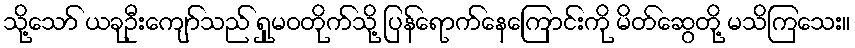
သို့သော် ယခုဦးကျော်သည် ရှုမဝတိုက်သို့ ပြန်ရောက်နေကြောင်းကို မိတ်ဆွေတို့ မသိကြသေး။